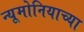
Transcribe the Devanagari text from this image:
न्यूमोनियाच्या